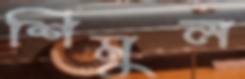
শিমুল